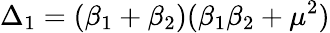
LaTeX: \Delta_{1}=(\beta_{1}+\beta_{2})(\beta_{1}\beta_{2}+\mu^{2})